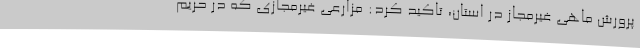
پرورش ماهی غیرمجاز در استان، تاکید کرد: مزارعی غیرمجازی که در حریم